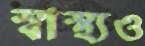
স্বাস্থ্যও